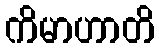
ကိမာဟာတိ